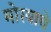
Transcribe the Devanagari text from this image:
मोरयाचे